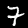
Label: 7